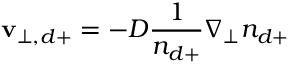
\mathbf { v } _ { \perp , d + } = - D \frac { 1 } { n _ { d + } } \nabla _ { \perp } n _ { d + }